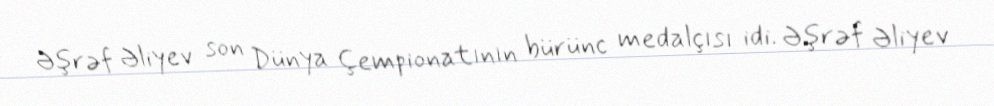
Əşrəf Əliyev son Dünya Çempionatının bürünc medalçısı idi. Əşrəf Əliyev